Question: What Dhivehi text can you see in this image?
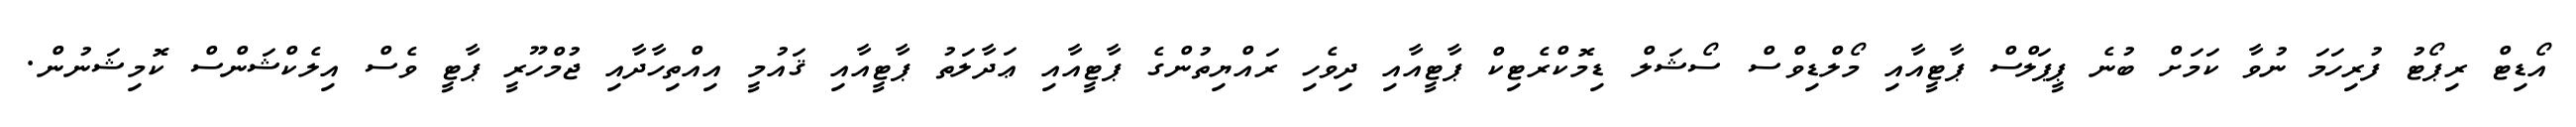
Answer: އޯޑިޓް ރިޕޯޓު ފުރިހަމަ ނުވާ ކަމަށް ބުނެ ޕީޕަލްސް ޕާޓީއާއި މޯލްޑިވްސް ސޯޝަލް ޑިމޮކްރެޓިކް ޕާޓީއާއި ދިވެހި ރައްޔިތުންގެ ޕާޓީއާއި ޢަދާލަތު ޕާޓީއާއި ޤައުމީ އިއްތިހާދާއި ޖުމްހޫރީ ޕާޓީ ވެސް އިލެކްޝަންސް ކޮމިޝަނުން.